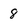
Character: 8